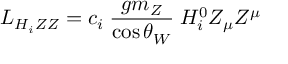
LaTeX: L _ { H _ { i } Z Z } = c _ { i } \; \frac { g m _ { Z } } { \cos \theta _ { W } } \; H _ { i } ^ { 0 } Z _ { \mu } Z ^ { \mu }